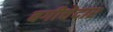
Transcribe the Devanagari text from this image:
बगीचेदार